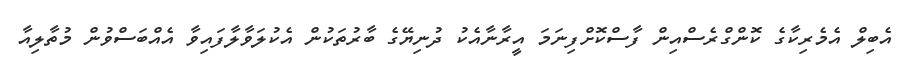
އެބިލް އެމެރިކާގެ ކޮންގްރެސްއިން ފާސްކޮށްފިނަމަ އީރާނާއެކު ދުނިޔޭގެ ބާރުތަކުން އެކުލަވާލާފައިވާ އެއްބަސްވުން މުތާލިއާ